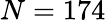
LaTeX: N=174